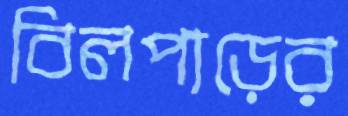
বিলপাড়ের